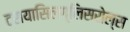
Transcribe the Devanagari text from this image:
ट्रायासिलग्लिसरोल्स